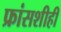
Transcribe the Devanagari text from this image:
फ्रांसशीही